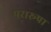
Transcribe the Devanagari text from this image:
परारूपा